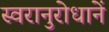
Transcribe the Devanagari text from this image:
स्वरानुरोधानें